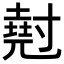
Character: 𡭄